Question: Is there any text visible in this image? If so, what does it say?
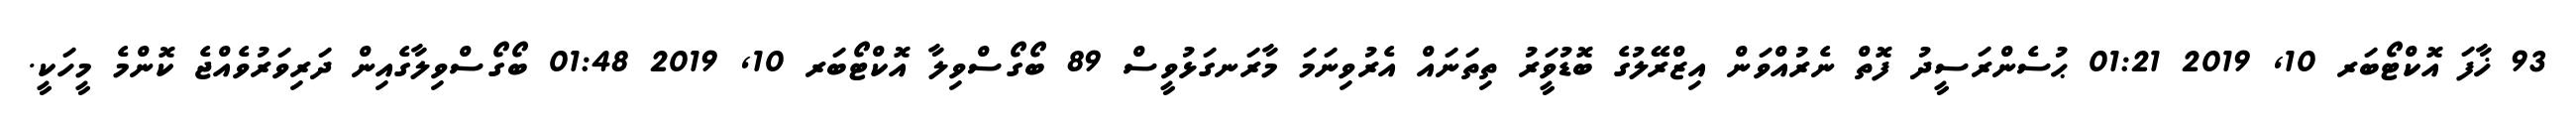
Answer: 93 ޚާފަ އޮކްޓޯބަރ 10, 2019 01:21 ޙުސެންރަސީދު ފޮތް ނެރުއްވަން އިޒްރޭލުގެ ބޮޑުވަީރު ތިތަނައް އެރުވިނަމަ މާރަނގަޅުވީސް 89 ބޯގޯސްވިލާ އޮކްޓޯބަރ 10, 2019 01:48 ބޯގޯސްވިލާގެއިން ދަރިވަރުވެއްޖެ ކޮންމެ މީހަކީ.